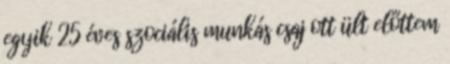
egyik 25 éves szociális munkás csaj ott ült előttem